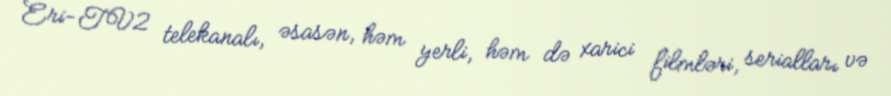
Eri-TV2 telekanalı, əsasən, həm yerli, həm də xarici filmləri, serialları və